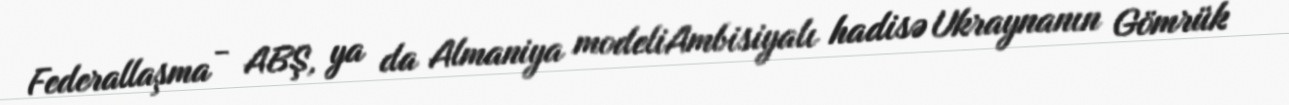
Federallaşma - ABŞ, ya da Almaniya modeliAmbisiyalı hadisə Ukraynanın Gömrük